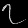
Digit: ၇